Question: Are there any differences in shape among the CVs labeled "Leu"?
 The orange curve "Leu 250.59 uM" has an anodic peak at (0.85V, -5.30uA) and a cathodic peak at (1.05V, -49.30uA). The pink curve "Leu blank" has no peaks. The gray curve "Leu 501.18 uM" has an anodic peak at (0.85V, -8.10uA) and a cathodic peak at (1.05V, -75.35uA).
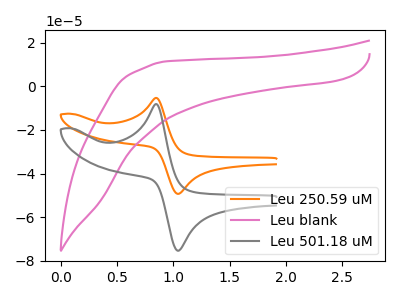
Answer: <think>"Leu 250.59 uM" and "Leu blank" have a different number of peaks. All the peaks in "Leu 250.59 uM" have a peak in "Leu 501.18 uM" at the same potential. "Leu blank" and "Leu 501.18 uM" have a different number of peaks.
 </think>
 <answer>All the CV's of "Leu" have similar shape.</answer>
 <eval>follow_rule</eval>